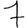
Digit: 7